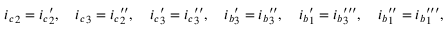
{ i _ { c } } _ { 2 } = { i _ { c } } _ { 2 } ^ { \prime } , \quad { i _ { c } } _ { 3 } = { i _ { c } } _ { 2 } ^ { \prime \prime } , \quad { i _ { c } } _ { 3 } ^ { \prime } = { i _ { c } } _ { 3 } ^ { \prime \prime } , \quad { i _ { b } } _ { 3 } ^ { \prime } = { i _ { b } } _ { 3 } ^ { \prime \prime } , \quad { i _ { b } } _ { 1 } ^ { \prime } = { i _ { b } } _ { 3 } ^ { \prime \prime \prime } , \quad { i _ { b } } _ { 1 } ^ { \prime \prime } = { i _ { b } } _ { 1 } ^ { \prime \prime \prime } ,